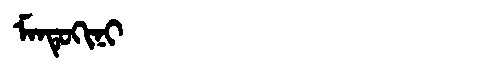
Manchu: ᠮᠠᠨᡨᡠᡴᡳᠨᡳ
Romanization: MANTUKINI